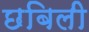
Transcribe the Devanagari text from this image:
छबिली